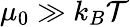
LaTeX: \mu_{0}\gg k_{B}\mathcal{T}